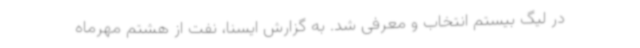
در لیگ بیستم انتخاب و معرفی شد. به گزارش ایسنا، نفت از هشتم مهرماه